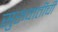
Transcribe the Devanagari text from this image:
सुरूवातीची